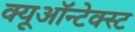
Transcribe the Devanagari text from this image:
क्यूऑन्टेक्स्ट